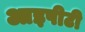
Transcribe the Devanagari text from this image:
आइपीटी